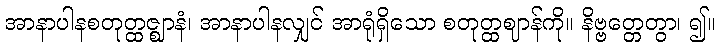
အာနာပါနစတုတ္ထဇ္ဈာနံ၊ အာနာပါနလျှင် အာရုံရှိသော စတုတ္ထဈာန်ကို။ နိဗ္ဗတ္တေတွာ၊ ၍။